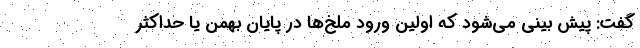
گفت: پیش بینی می‌شود که اولین ورود ملخ‌ها در پایان بهمن یا حداکثر